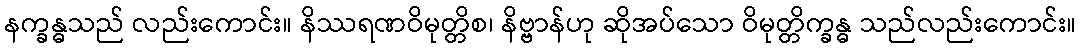
နက္ခန္ဓသည် လည်းကောင်း။ နိဿရဏဝိမုတ္တိစ၊ နိဗ္ဗာန်ဟု ဆိုအပ်သော ဝိမုတ္တိက္ခန္ဓ သည်လည်းကောင်း။